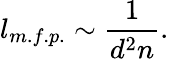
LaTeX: l_{m.f.p.}\sim\frac{1}{d^{2}n}.